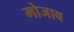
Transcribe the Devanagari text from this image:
मोजाव